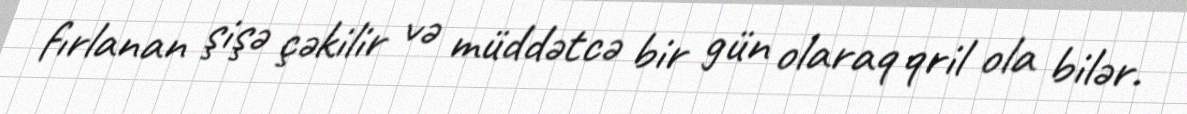
fırlanan şişə çəkilir və müddətcə bir gün olaraq qril ola bilər.